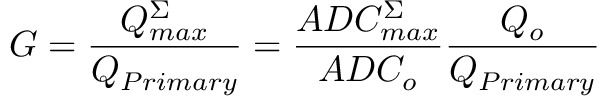
G = \frac { Q _ { m a x } ^ { \Sigma } } { Q _ { P r i m a r y } } = \frac { A D C _ { m a x } ^ { \Sigma } } { A D C _ { o } } \frac { Q _ { o } } { Q _ { P r i m a r y } }